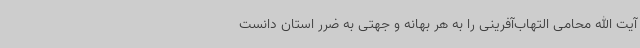
آیت الله محامی التهاب‌آفرینی را به هر بهانه و جهتی به ضرر استان دانست